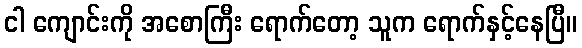
ငါ ကျောင်းကို အစောကြီး ရောက်တော့ သူက ရောက်နှင့်နေပြီ။